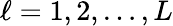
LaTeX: \ell=1,2,\ldots,L